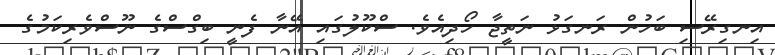
އިނގިރޭސި ބަހުން ރަނގަޅު ނަތީޖާ ހޯދިއެވެ. ސްކޫލުގައި އޭނާ ފެނީ ބިގްސްގެ ނޫސްވެރިކަމުގެ